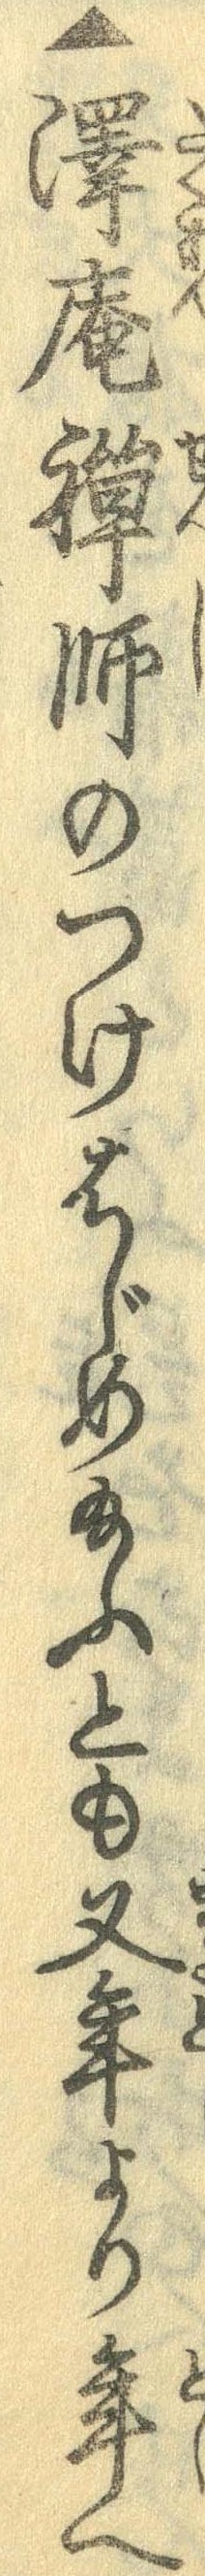
▲沢庵禅師のつけはじめ給ふとも又年より年へ